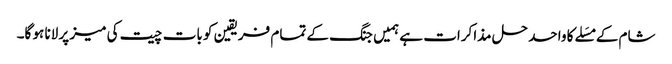
شام کے مسَلے کا واحد حل مذاکرات ہے ہمیں جنگ کے تمام فریقین کو بات چیت کی میز پر لانا ہو گا۔